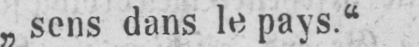
„sens dans le pays.“